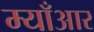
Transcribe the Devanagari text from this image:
म्याँआर